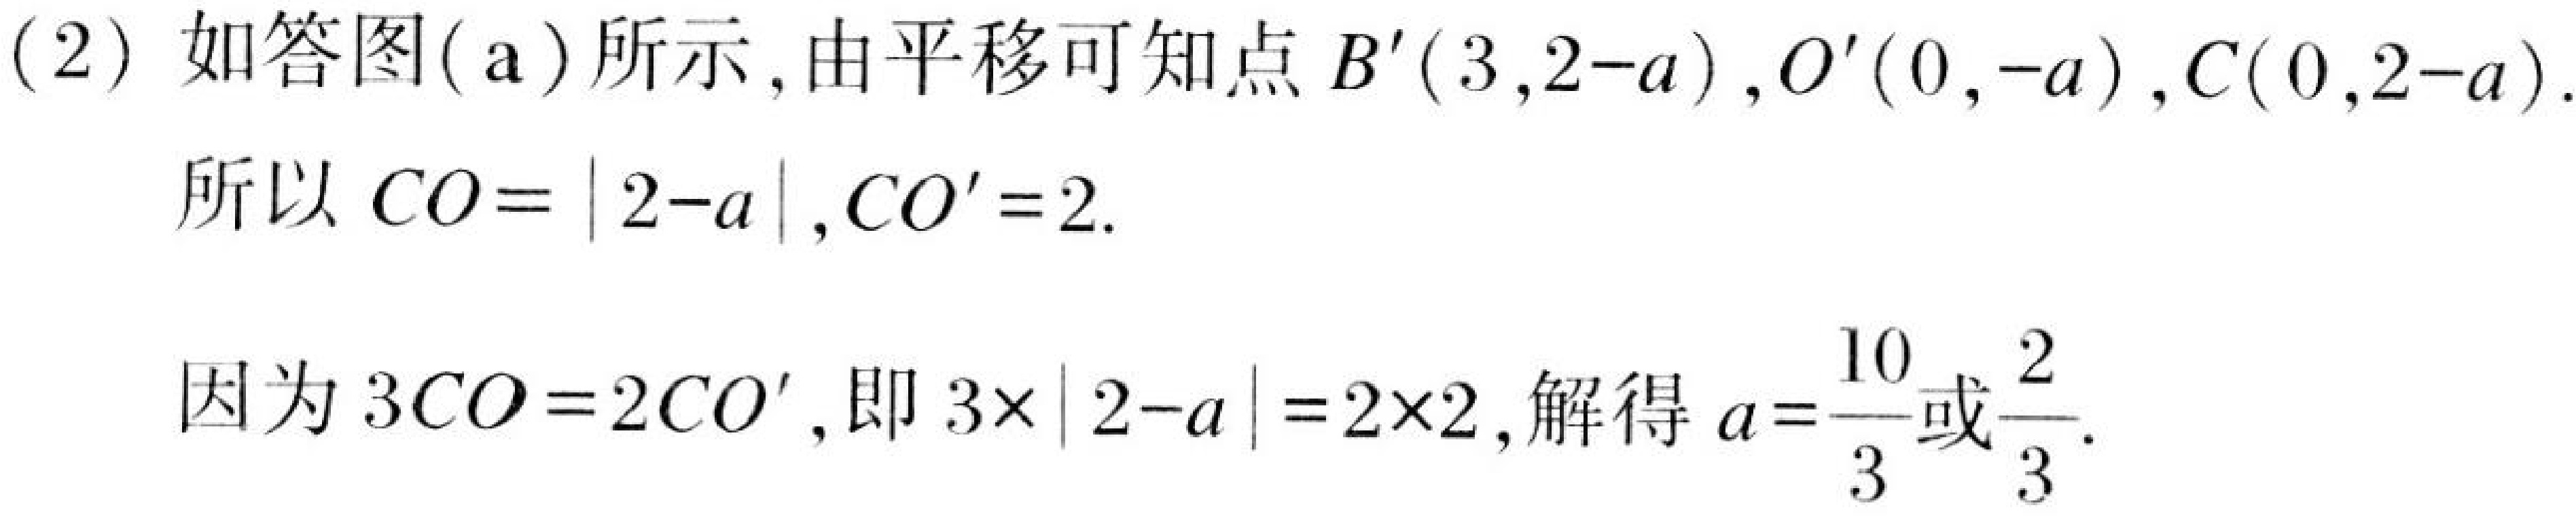
(2) 如答图(a)所示，由平移可知点\(B'(3,2 - a)\)，\(O'(0,-a)\)，\(C(0,2 - a)\).
所以\(CO=\vert 2 - a\vert\)，\(CO' = 2\).
因为\(3CO = 2CO'\)，即\(3\times\vert 2 - a\vert=2\times2\)，解得\(a = \frac{10}{3}\)或\(\frac{2}{3}\).